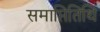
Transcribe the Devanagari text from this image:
समाप्तितिथि